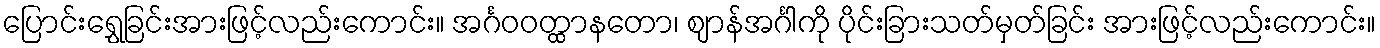
ပြောင်းရွှေခြင်းအားဖြင့်လည်းကောင်း။ အင်္ဂဝဝတ္ထာနတော၊ ဈာန်အင်္ဂါကို ပိုင်းခြားသတ်မှတ်ခြင်း အားဖြင့်လည်းကောင်း။